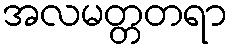
အလမတ္တတရာ